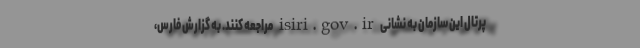
پرتال این سازمان به نشانی isiri.gov.ir مراجعه کنند. به گزارش فارس،